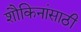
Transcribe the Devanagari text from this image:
शौकिनांसाठी